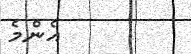
އެންމެ